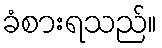
ခံစားရသည်။